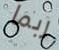
ربما